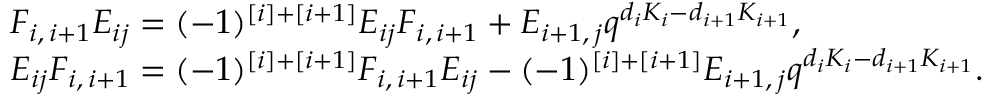
\begin{array} { r l } & { F _ { i , \, i + 1 } E _ { i j } = ( - 1 ) ^ { [ i ] + [ i + 1 ] } E _ { i j } F _ { i , \, i + 1 } + E _ { i + 1 , \, j } q ^ { d _ { i } K _ { i } - d _ { i + 1 } K _ { i + 1 } } , } \\ & { E _ { i j } F _ { i , \, i + 1 } = ( - 1 ) ^ { [ i ] + [ i + 1 ] } F _ { i , \, i + 1 } E _ { i j } - ( - 1 ) ^ { [ i ] + [ i + 1 ] } E _ { i + 1 , \, j } q ^ { d _ { i } K _ { i } - d _ { i + 1 } K _ { i + 1 } } . } \end{array}